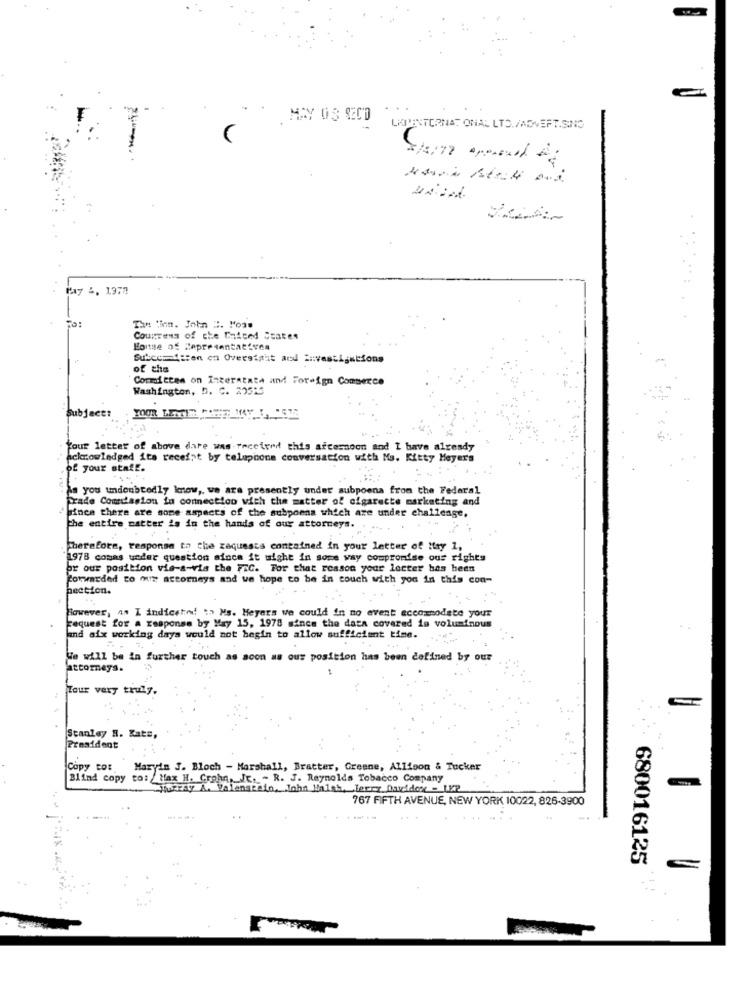
MAY OS OECD
LIPPENTORNAT ONAL LTD./ADVERTISING
Pay &. 1977
Counrens of che United States
House Of Representatives
Subcemitien on Overstait and investigations
of the
Committee on Interstate and Foreign Commerce
Washington, D. C. 22515
Subject:
Your letter of above dare was received this afternoon and I have already
acknowledged its receipt by telephone conversation with Ms. Kitty Meyer's
of your staff.
As you undoubtedly know ,, we ara presently under subpoena from the Federal
Frade Commission in connection with the matter of cigarette marketing and
bince there are some aspects of the subpoena which are under challenge,
the entire catter is in the hands of our attorneys.
Therefore, response to the zaquests contained in your letter of May 1,
1978 cosas under question since it might in some way compromise ous rights
pr our position vis-a-vis the FCC. For that reason your lecter has been
forwarded to our attorneys and we hope to be in touch with you in this con-
pection.
However, as I indicehod :> Ms. Meyers we could in no event accommodate your
Fequest for a response by May 15, 1978 since the data covered is voluminous
and aix working days would not begin to allow sufficient time.
We will be in further touch as soon as our position has been defined by our
attorneys.
Tour very truly,
Stanley R. Kats,
President
Copy tot
Maryin J. Bloch - Marshall, Bratter, Greene, Allison & Tucker
Blind copy
to: Max H. Crohn, Jr. - R. J. Reynolds Tobacco Company
Murray A. Valenserio, John Walsh, Terry Davidos - LP
767 FIFTH AVENUE, NEW YORK 10022, 826-3900
----
680016125